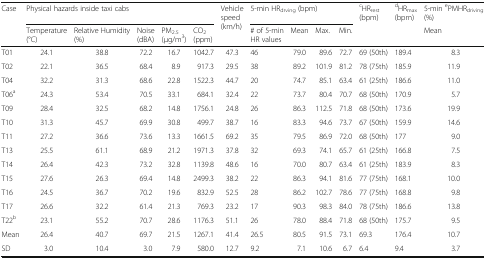
<table><thead><tr><td rowspan="2"><b>Case</b></td><td colspan="5"><b>Physical hazards inside taxi cabs</b></td><td rowspan="2"><b>Vehicle speed (km/h)</b></td><td colspan="4"><b>5-min HR<sub>drving</sub> (bpm)</b></td><td rowspan="2"><b><sup>c</sup>HR<sub>rest</sub>(bpm)</b></td><td rowspan="2"><b><sup>d</sup>HR<sub>max</sub>(bpm)</b></td><td><b>5-min <sup>e</sup>PMHR<sub>driving</sub>(%)</b></td></tr><tr><td><b>Temperature (°C)</b></td><td><b>Relative Humidity (%)</b></td><td><b>Noise (dBA)</b></td><td><b>PM<sub>2.5</sub>(μg/m<sup>3</sup>)</b></td><td><b>CO<sub>2</sub>(ppm)</b></td><td><b># of 5-min HR values</b></td><td><b>Mean</b></td><td><b>Max.</b></td><td><b>Min.</b></td><td><b>Mean</b></td></tr></thead><tbody><tr><td>T01</td><td>24.1</td><td>38.8</td><td>72.2</td><td>16.7</td><td>1042.7</td><td>47.3</td><td>46</td><td>79.0</td><td>89.6</td><td>72.7</td><td>69 (50th)</td><td>189.4</td><td>8.3</td></tr><tr><td>T02</td><td>22.1</td><td>36.5</td><td>68.4</td><td>8.9</td><td>917.3</td><td>29.5</td><td>38</td><td>89.2</td><td>101.9</td><td>81.2</td><td>78 (75th)</td><td>185.9</td><td>11.9</td></tr><tr><td>T04</td><td>32.2</td><td>31.3</td><td>68.6</td><td>22.8</td><td>1522.3</td><td>44.7</td><td>20</td><td>74.7</td><td>85.1</td><td>63.4</td><td>61 (25th)</td><td>186.6</td><td>11.0</td></tr><tr><td>T06<sup>a</sup></td><td>24.3</td><td>53.4</td><td>70.5</td><td>33.1</td><td>684.1</td><td>32.4</td><td>22</td><td>73.7</td><td>80.4</td><td>70.7</td><td>68 (50th)</td><td>170.9</td><td>5.7</td></tr><tr><td>T09</td><td>28.4</td><td>32.5</td><td>68.2</td><td>14.8</td><td>1756.1</td><td>24.8</td><td>26</td><td>86.3</td><td>112.5</td><td>71.8</td><td>68 (50th)</td><td>173.6</td><td>19.9</td></tr><tr><td>T10</td><td>31.3</td><td>45.7</td><td>69.9</td><td>30.8</td><td>499.7</td><td>38.7</td><td>16</td><td>83.3</td><td>94.6</td><td>73.7</td><td>67 (50th)</td><td>159.9</td><td>14.6</td></tr><tr><td>T11</td><td>27.2</td><td>36.6</td><td>73.6</td><td>13.3</td><td>1661.5</td><td>69.2</td><td>35</td><td>79.5</td><td>86.9</td><td>72.0</td><td>68 (50th)</td><td>177</td><td>9.0</td></tr><tr><td>T13</td><td>25.5</td><td>61.1</td><td>68.9</td><td>21.2</td><td>1971.3</td><td>37.8</td><td>32</td><td>69.3</td><td>74.1</td><td>65.7</td><td>61 (25th)</td><td>166.8</td><td>7.5</td></tr><tr><td>T14</td><td>26.4</td><td>42.3</td><td>73.2</td><td>32.8</td><td>1139.8</td><td>48.6</td><td>16</td><td>70.0</td><td>80.7</td><td>63.4</td><td>61 (25th)</td><td>183.9</td><td>8.3</td></tr><tr><td>T15</td><td>27.6</td><td>26.3</td><td>69.4</td><td>14.8</td><td>2499.3</td><td>38.2</td><td>22</td><td>86.3</td><td>94.1</td><td>81.6</td><td>77 (75th)</td><td>168.1</td><td>10.0</td></tr><tr><td>T16</td><td>24.5</td><td>36.7</td><td>70.2</td><td>19.6</td><td>832.9</td><td>52.5</td><td>28</td><td>86.2</td><td>102.7</td><td>78.6</td><td>77 (75th)</td><td>168.8</td><td>9.8</td></tr><tr><td>T17</td><td>26.6</td><td>32.2</td><td>61.4</td><td>21.3</td><td>769.3</td><td>23.2</td><td>17</td><td>90.3</td><td>98.3</td><td>84.0</td><td>78 (75th)</td><td>186.6</td><td>13.8</td></tr><tr><td>T22<sup>b</sup></td><td>23.1</td><td>55.2</td><td>70.7</td><td>28.6</td><td>1176.3</td><td>51.1</td><td>26</td><td>78.0</td><td>88.4</td><td>71.8</td><td>68 (50th)</td><td>175.7</td><td>9.5</td></tr><tr><td>Mean</td><td>26.4</td><td>40.7</td><td>69.7</td><td>21.5</td><td>1267.1</td><td>41.4</td><td>26.5</td><td>80.5</td><td>91.5</td><td>73.1</td><td>69.3</td><td>176.4</td><td>10.7</td></tr><tr><td>SD</td><td>3.0</td><td>10.4</td><td>3.0</td><td>7.9</td><td>580.0</td><td>12.7</td><td>9.2</td><td>7.1</td><td>10.6</td><td>6.7</td><td>6.4</td><td>9.4</td><td>3.7</td></tr></tbody></table>